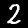
Digit: 2